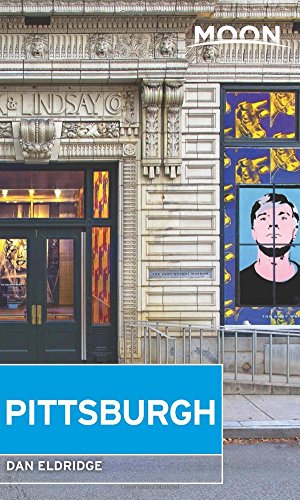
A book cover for Moon Pittsburgh (Moon Handbooks); Dan Eldridge; Travel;